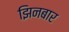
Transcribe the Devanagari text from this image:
झिनबार